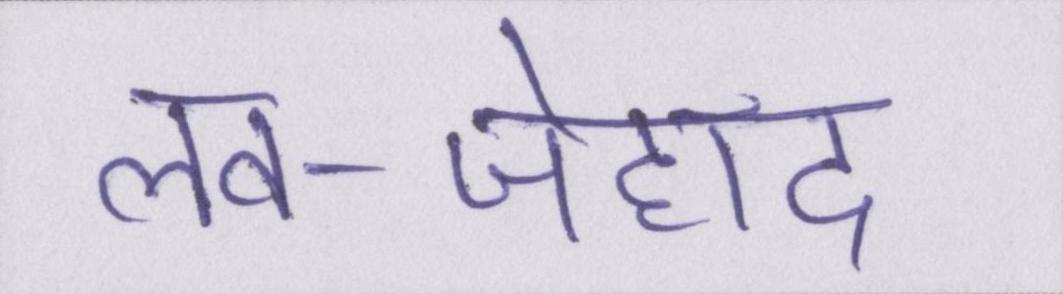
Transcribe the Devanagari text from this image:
लव-जेहाद